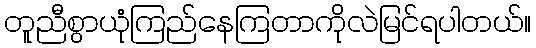
တူညီစွာယုံကြည်နေကြတာကိုလဲမြင်ရပါတယ်။